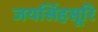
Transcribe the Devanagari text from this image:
जयसिंहसूरि